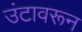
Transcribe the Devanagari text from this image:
उंटावरून